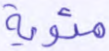
مئوية